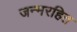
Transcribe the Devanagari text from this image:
जन्मरहित